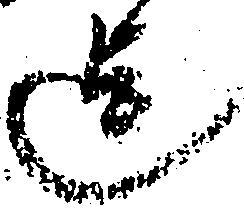
迄